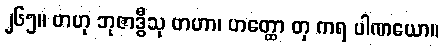
၂၆၅။ ဗာဟု ဘုဇာဒွီသု ဗာဟာ၊ ဟတ္ထော တု ကရ ပါဏယော။